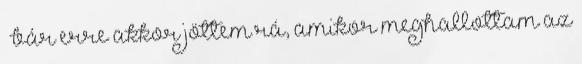
– bár erre akkor jöttem rá, amikor meghallottam az